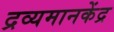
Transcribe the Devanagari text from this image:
द्रव्यमानकेंद्र